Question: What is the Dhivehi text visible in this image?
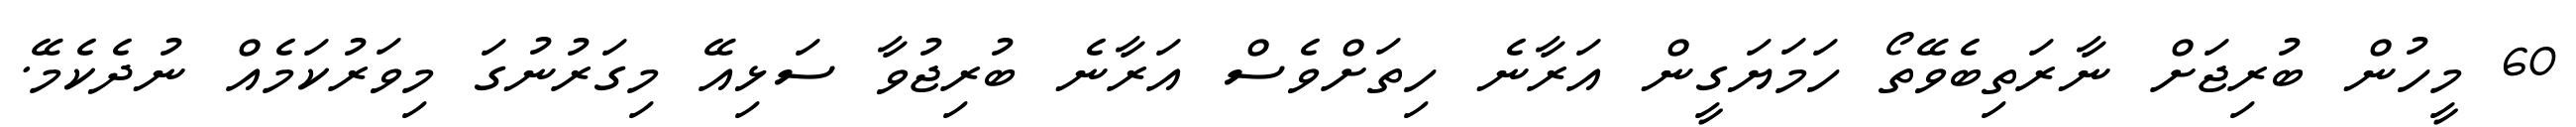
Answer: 60 މީހުން ބުރިޖަށް ނާރަތިބެވޭތޯ ހަމަޔަގީން އަރާނެ ހިތަށްވެސް އަރާނެ ބުރިޖުވާ ސަޅިއޭ މިގަރުނުގަ މިވަރުކަމެއް ނުދެކެމޭ.